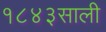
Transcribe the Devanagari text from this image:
१८४३साली